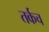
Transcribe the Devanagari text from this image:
तर्कच